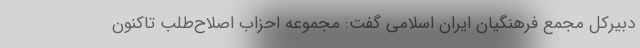
دبیرکل مجمع فرهنگیان ایران اسلامی گفت: مجموعه احزاب اصلاح‌طلب تاکنون